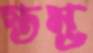
স্তম্ভ